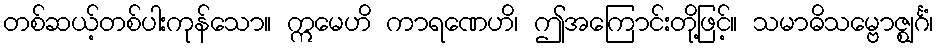
တစ်ဆယ့်တစ်ပါးကုန်သော။ ဣမေဟိ ကာရဏေဟိ၊ ဤအကြောင်းတို့ဖြင့်။ သမာဓိသမ္ဗောဇ္ဈင်္ဂံ၊